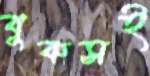
বুকসই